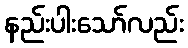
နည်းပါးသော်လည်း